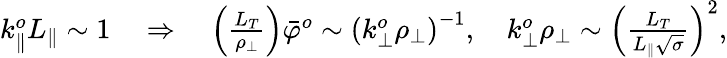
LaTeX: \begin{array}{r}{k_{\parallel}^{o}L_{\parallel}\sim 1\quad\Rightarrow\quad\left(\frac{L_{T}}{\rho_{\perp}}\right)\bar{\varphi}^{o}\sim\left(k_{\perp}^{o}\rho_{\perp}\right)^{-1},\quad k_{\perp}^{o}\rho_{\perp}\sim\left(\frac{L_{T}}{L_{\parallel}\sqrt{\sigma}}\right)^{2},}\end{array}